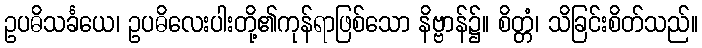
ဥပဓိသင်္ခယေ၊ ဥပဓိလေးပါးတို့၏ကုန်ရာဖြစ်သော နိဗ္ဗာန်၌။ စိတ္တံ၊ သိခြင်းစိတ်သည်။